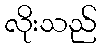
လိုးသည်